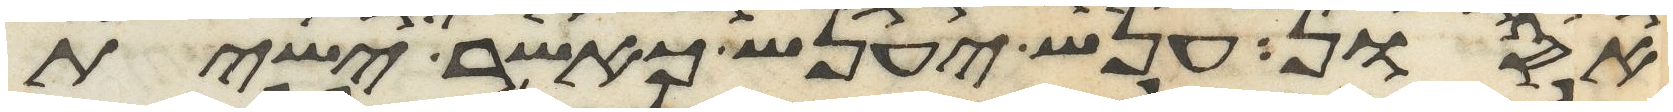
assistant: אסון ענש יענש כאשר ישית